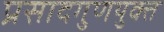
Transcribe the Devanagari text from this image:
प्रसादगुणयुक्त